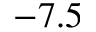
- 7 . 5